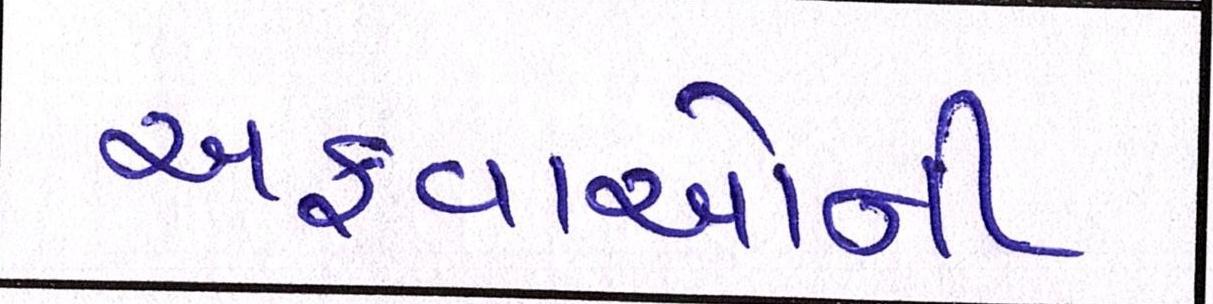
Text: અફવાઓની